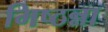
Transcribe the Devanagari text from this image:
मिष्ठन्ना